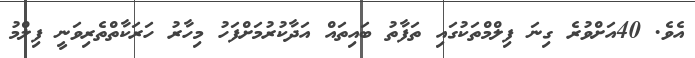
އެވެ. 40އަށްވުރެ ގިނަ ފިލްމްތަކުގައި ތަފާތު ބައިތައް އަދާކުރުމަށްފަހު މިހާރު ހަރަކާތްތެރިވަނީ ފިލްމު